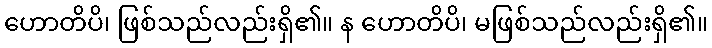
ဟောတိပိ၊ ဖြစ်သည်လည်းရှိ၏။ န ဟောတိပိ၊ မဖြစ်သည်လည်းရှိ၏။